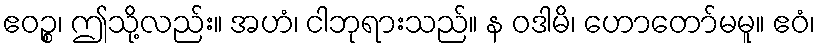
ဧဝဉ္စ၊ ဤသို့လည်း။ အဟံ၊ ငါဘုရားသည်။ န ဝဒါမိ၊ ဟောတော်မမူ။ ဧဝံ၊